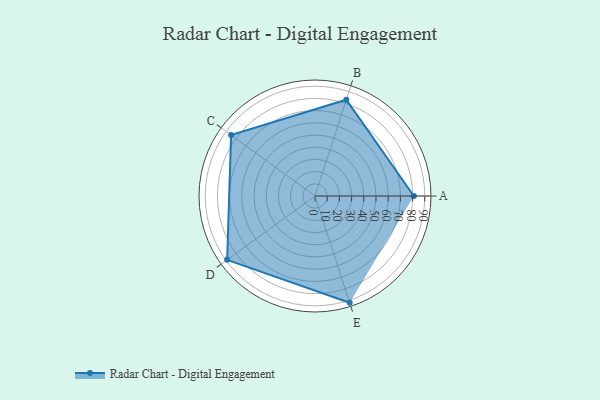
{"axis": {"x": "Skill", "y": "Score"}, "legend": ["Profile"], "data": [{"x": "A", "y": 81.0, "type": "Profile"}, {"x": "B", "y": 83.0, "type": "Profile"}, {"x": "C", "y": 85.0, "type": "Profile"}, {"x": "D", "y": 89.0, "type": "Profile"}, {"x": "E", "y": 92.0, "type": "Profile"}]}